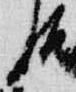
后